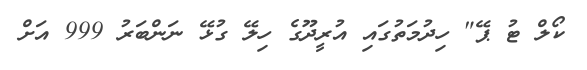
ކޯލް ޓު ޕޭ" ހިދުމަތުގައި އުރީދޫގެ ހިލޭ ގުޅޭ ނަންބަރު 999 އަށް